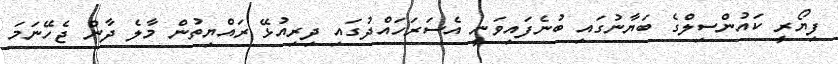
ފިޔޯރީ ކައުންސިލްގެ ބަޔާނުގައި ބުނެފައިވަނީ އެސަރަހައްދުގައި ދިރިއުޅޭ ރައްޔިތުން މާލެ ދާން ޖެހޭނަމަ